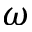
\omega